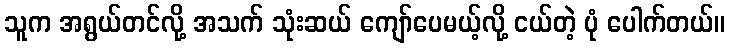
သူက အရွယ်တင်လို့ အသက် သုံးဆယ် ကျော်ပေမယ့်လို့ ငယ်တဲ့ ပုံ ပေါက်တယ်။